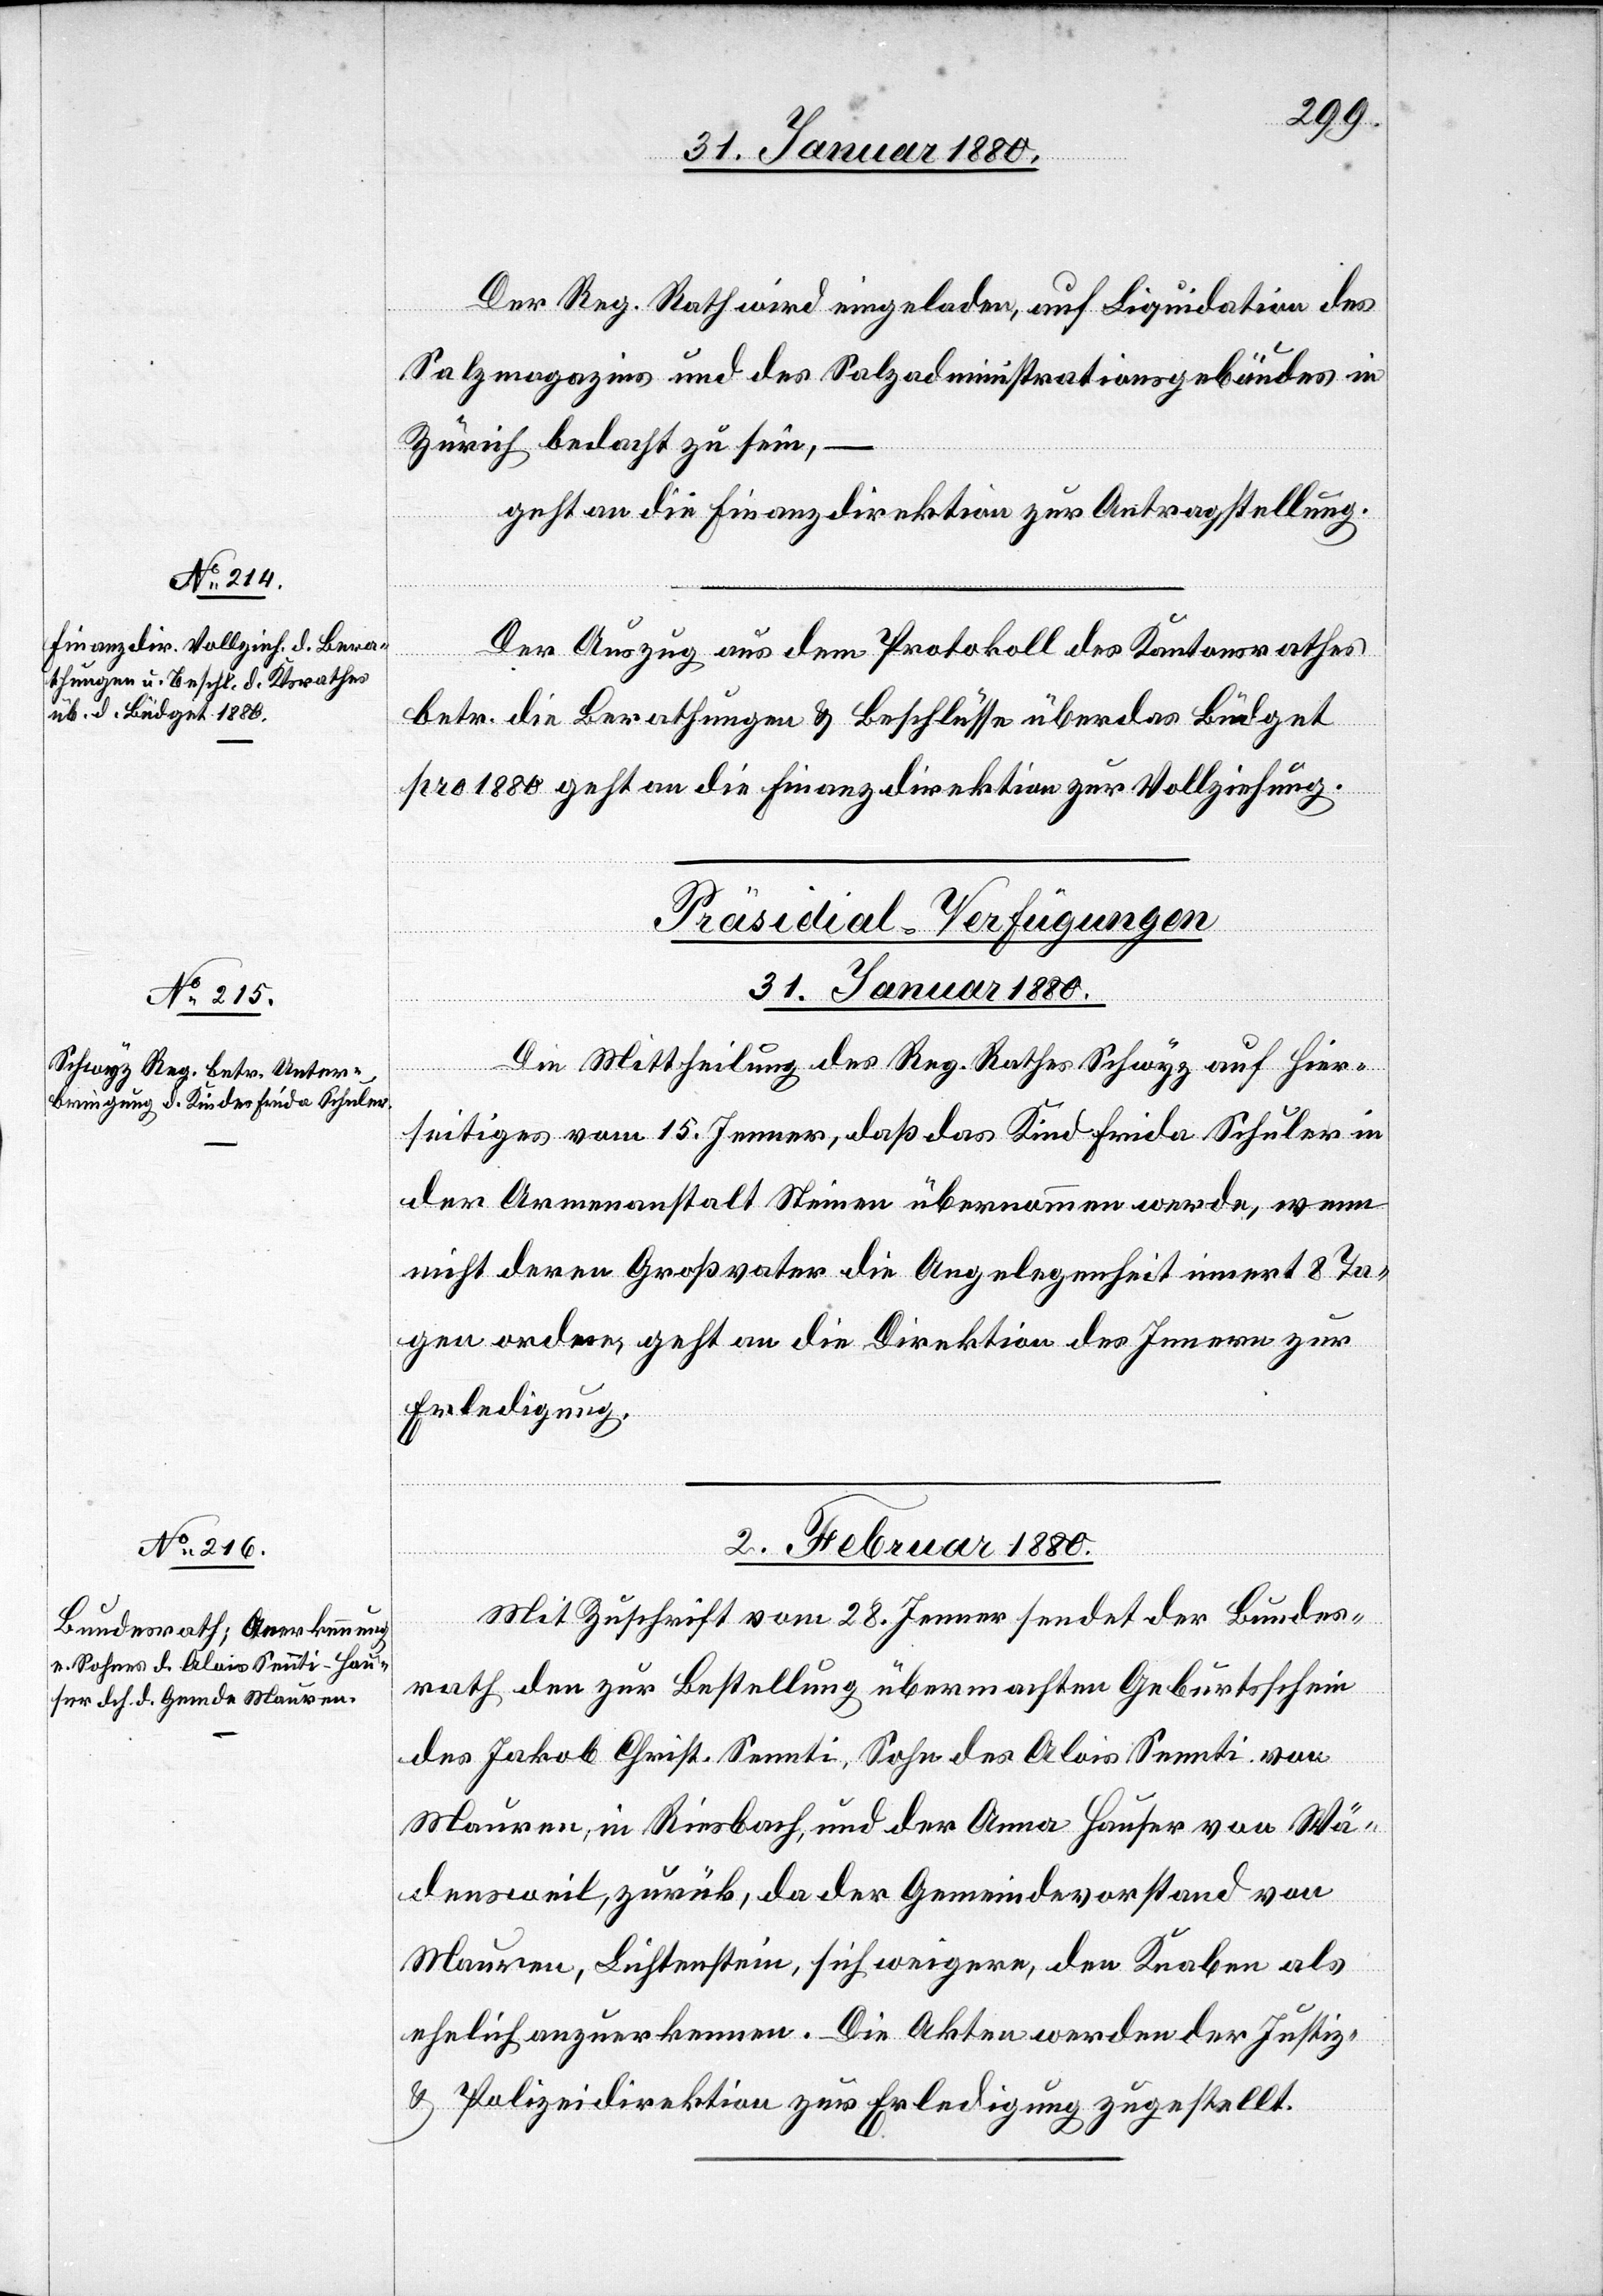
Der Reg. Rath wird eingeladen, auf Liquidation des
Salzmagazins und des Salzadministrationsgebäudes in
Zürich bedacht zu sein,
–
geht an die Finanzdirektion zur Antragstellung.
Der Auszug aus dem Protokoll des Kantonsrathes
betr. die Berathungen & Beschlüsse über das Büdget
pro 1880 geht an die Finanzdirektion zur Vollziehung.
[Präsidial-Verfügungen]
31. Januar 1880.
Die Mittheilung des Reg. Rathes Schwyz auf Hier¬
seitiges vom 15. Jenner, daß das Kind Frida Schuler in
der Armenanstalt Steinen übernommen werde, wenn
nicht deren Großvater die Angelegenheit innert 8 Ta¬
gen ordne, geht an die Direktion des Innern zur
Erledigung.
2. Februar 1880.
Mit Zuschrift vom 28. Jenner sendet der Bundes¬
rath den zur Bestellung übermachten Geburtsschein
des Jakob Christ. Sennti, Sohn des Alois Sennti von
Mauren, in Riesbach, und der Anna Hauser von Wä¬
densweil, zurück, da der Gemeindevorstand von
Mauren, Lichtenstein, sich weigere, den Knaben als
ehelich anzuerkennen. Die Akten werden der Justiz-
& Polizeidirektion zur Erledigung zugestellt.